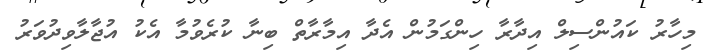
މިހާރު ކައުންސިލް އިދާރާ ހިންގަމުން އެދާ އިމާރާތް ބިނާ ކުރެވުމާ އެކު އުޖާލާވިދުވަރު